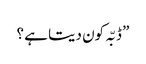
” ڈبّہ کون دیتا ہے ؟